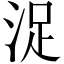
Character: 浞